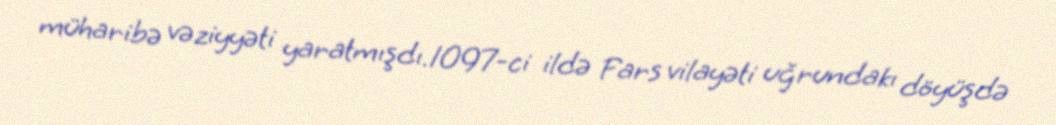
müharibə vəziyyəti yaratmışdı.1097-ci ildə Fars vilayəti uğrundakı döyüşdə